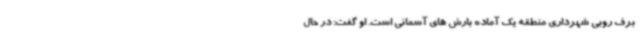
برف روبی شهرداری منطقه یک آماده بارش های آسمانی است. او گفت: در حال